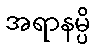
အရာနမ္ပိ